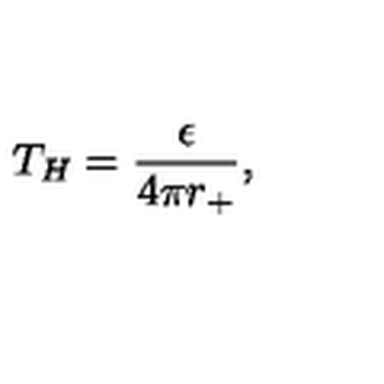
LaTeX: T _ { H } = { \frac { \epsilon } { 4 \pi r _ { + } } } ,